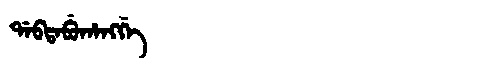
Manchu: ᡩᠠᠪᡨᠠᠪᡠᡥᠠᠩᡤᡝ
Romanization: DABTABUHANGGE